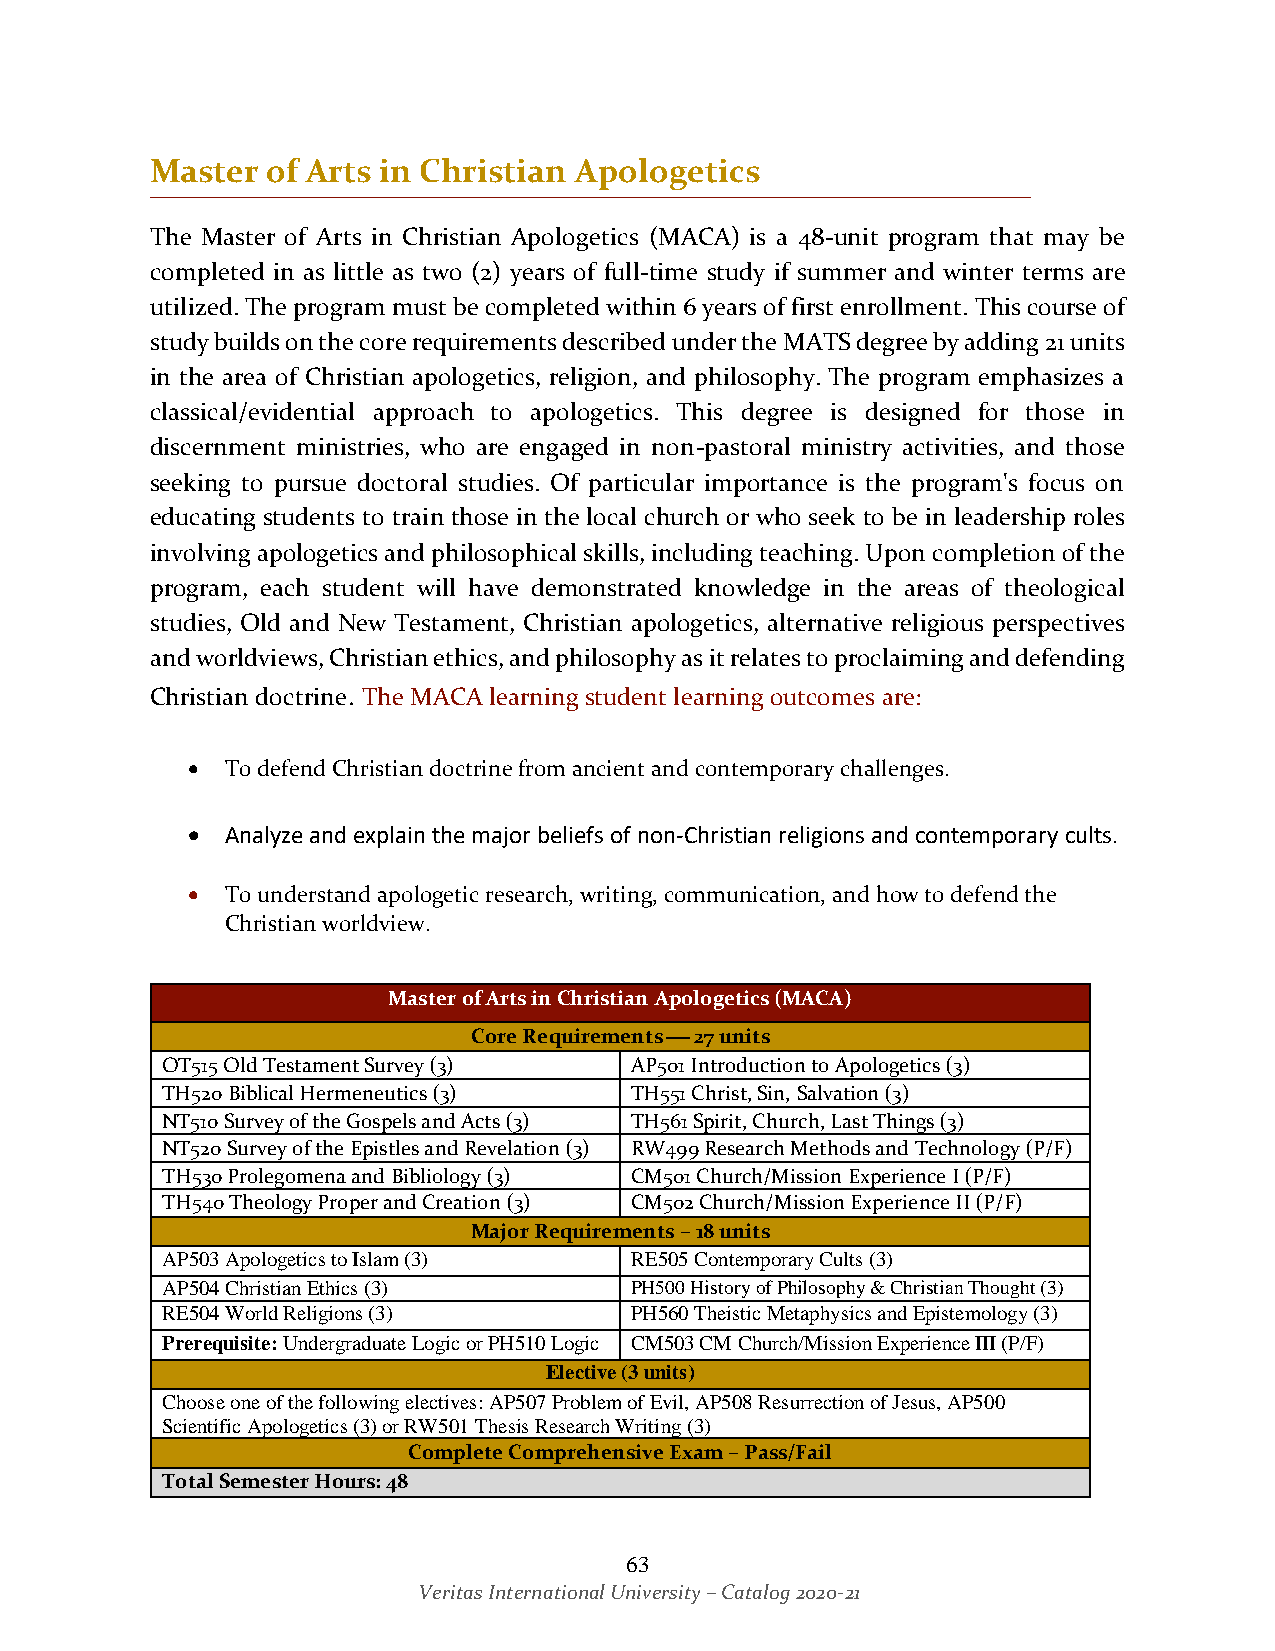
Master  of Arts in Christian Apologetics
 The Master of Arts in Christian Apologetics (MACA) is a 48-unit program that may be
 completed in as little as two (2) years of full-time study if summer and winter terms are
 utilized. The program must be completed within 6 years of first enrollment. This course of
 study builds on the core requirements described under the MATS degree by adding 21 units
 in the area of Christian apologetics, religion, and philosophy. The program emphasizes a
 classical/evidential approach to apologetics. This degree is designed for those in
 discernment ministries, who are engaged in non-pastoral ministry activities, and those
 seeking to pursue doctoral studies. Of particular importance is the program's focus on
 educating students to train those in the local church or who seek to be in leadership roles
 involving apologetics and philosophical skills, including teaching. Upon completion of the
 program, each student will have demonstrated knowledge in the areas of theological
 studies, Old and New Testament, Christian apologetics, alternative religious perspectives
 and worldviews, Christian ethics, and philosophy as it relates to proclaiming and defending
 Christian doctrine. The MACA learning student learning outcomes are:
 •  To defend Christian doctrine from ancient and contemporary challenges.
 •  Analyze and explain the major beliefs of non-Christian religions and contemporary cults.
 •  To understand apologetic research, writing, communication, and how to defend the
 Christian worldview.
 Master of Arts in Christian Apologetics (MACA)
 Core Requirements ⎯ 27 units
 OT515 Old Testament Survey (3) AP501 Introduction to Apologetics (3)
 TH520 Biblical Hermeneutics (3) TH551 Christ, Sin, Salvation (3)
 NT510 Survey of the Gospels and Acts (3) TH561 Spirit, Church, Last Things (3)
 NT520 Survey of the Epistles and Revelation (3) RW499 Research Methods and Technology (P/F)
 TH530 Prolegomena and Bibliology (3) CM501 Church/Mission Experience I (P/F)
 TH540 Theology Proper and Creation (3) CM502 Church/Mission Experience II (P/F)
 Major Requirements – 18 units
 AP503 Apologetics to Islam (3) RE505 Contemporary Cults (3)
 AP504 Christian Ethics (3)     PH500 History of Philosophy & Christian Thought (3)
 RE504 World Religions (3)      PH560 Theistic Metaphysics and Epistemology (3)
 Prerequisite: Undergraduate Logic or PH510 Logic CM503 CM Church/Mission Experience III (P/F)
 Elective (3 units)
 Choose one of the following electives: AP507 Problem of Evil, AP508 Resurrection of Jesus, AP500
 Scientific Apologetics (3) or RW501 Thesis Research Writing (3)
 Complete Comprehensive Exam – Pass/Fail
 Total Semester Hours: 48
 63
 Veritas International University – Catalog 2020-21